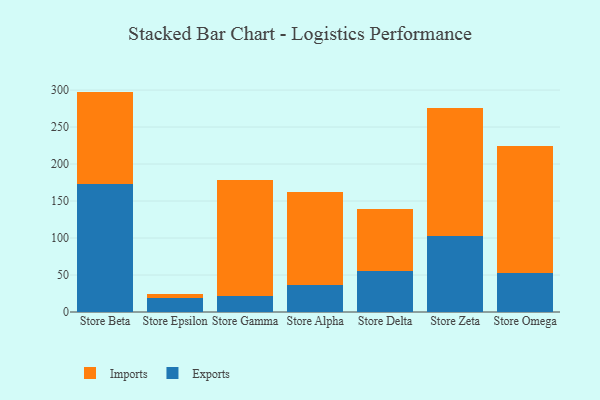
{"axis": {"x": "Store", "y": "Energy Usage (MWh)"}, "legend": ["Exports", "Imports"], "data": [{"x": "Store Beta", "y": 173.3, "type": "Exports"}, {"x": "Store Beta", "y": 124.6, "type": "Imports"}, {"x": "Store Epsilon", "y": 18.5, "type": "Exports"}, {"x": "Store Epsilon", "y": 5.8, "type": "Imports"}, {"x": "Store Gamma", "y": 22.0, "type": "Exports"}, {"x": "Store Gamma", "y": 156.6, "type": "Imports"}, {"x": "Store Alpha", "y": 36.0, "type": "Exports"}, {"x": "Store Alpha", "y": 126.0, "type": "Imports"}, {"x": "Store Delta", "y": 55.8, "type": "Exports"}, {"x": "Store Delta", "y": 83.8, "type": "Imports"}, {"x": "Store Zeta", "y": 103.0, "type": "Exports"}, {"x": "Store Zeta", "y": 172.7, "type": "Imports"}, {"x": "Store Omega", "y": 53.3, "type": "Exports"}, {"x": "Store Omega", "y": 171.0, "type": "Imports"}]}